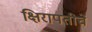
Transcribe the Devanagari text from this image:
क्षिरापतीचे